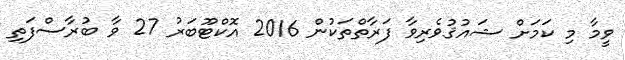
ވީމާ މި ކަމަށް ޝައުޤުވެރިވާ ފަރާތްތަކުން 2016 އޮކްޓޫބަރު 27 ވާ ބުރާސްފަތި